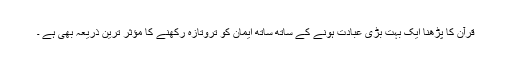
قرآن کا پڑھنا ایک بہت بڑی عبادت ہونے کے ساتھ ساتھ ایمان کو تروتازہ رکھنے کا مؤثر ترین ذریعہ بھی ہے ۔